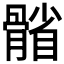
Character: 𩩭